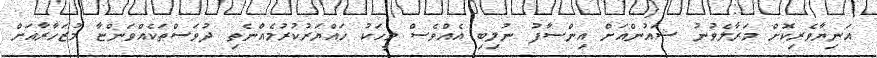
އަނިޔާވެރިކޮށް މަރާލެވުނު ޝައުންއަށް އިންސާފު ނުލިބި އެއްވެސް މީހަކު ހައްޔަރުކުރުމެއްނެތި ދުވަސްތަކެއްވަންޏާ މުޒަހާރާއަށް